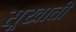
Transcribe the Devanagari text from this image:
सूखाती